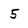
Character: 5